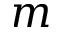
m